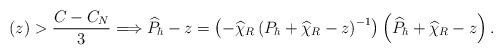
LaTeX: \begin{align*}(z)>\frac{C-C_N}{3}\Longrightarrow \widehat{P}_\hbar -z=\left(- \widehat{\chi}_R\left( P_\hbar +\widehat{\chi}_{R}-z\right)^{-1}\right)\left(\widehat{P}_\hbar +\widehat{\chi}_{R}-z\right).\end{align*}